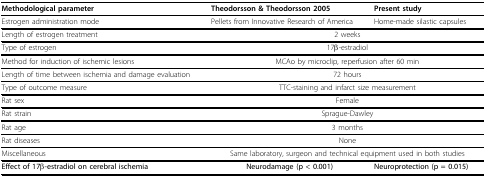
| Methodological parameter | Theodorsson & Theodorsson 2005 | Present study |
 | --- | --- | --- |
 | Estrogen administration mode | Pellets from Innovative Research of America | Home-made silastic capsules |
 | Length of estrogen treatment | <COLSPAN=2> 2 weeks |
 | Type of estrogen | <COLSPAN=2> 17β-estradiol |
 | Method for induction of ischemic lesions | <COLSPAN=2> MCAo by microclip, reperfusion after 60 min |
 | Length of time between ischemia and damage evaluation | <COLSPAN=2> 72 hours |
 | Type of outcome measure | <COLSPAN=2> TTC-staining and infarct size measurement |
 | Rat sex | <COLSPAN=2> Female |
 | Rat strain | <COLSPAN=2> Sprague-Dawley |
 | Rat age | <COLSPAN=2> 3 months |
 | Rat diseases | <COLSPAN=2> None |
 | Miscellaneous | <COLSPAN=2> Same laboratory, surgeon and technical equipment used in both studies |
 | Effect of 17β-estradiol on cerebral ischemia | Neurodamage (p < 0.001) | Neuroprotection (p = 0.015) |